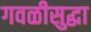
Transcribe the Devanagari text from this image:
गवळीसुद्धा